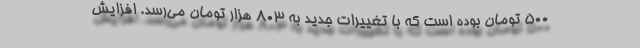
۵۰۰ تومان بوده است که با تغییرات جدید به ۸۰۳ هزار تومان می‌رسد. افزایش